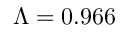
\Lambda = 0 . 9 6 6